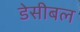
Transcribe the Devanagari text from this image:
डेसीबल